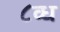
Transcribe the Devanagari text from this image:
८व्ध